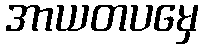
အာယတပမှေ